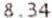
8.34